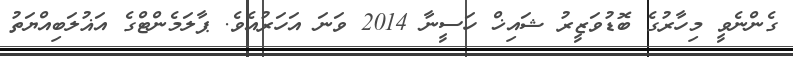
ގެންނެވީ މިހާރުގެ ބޮޑުވަޒީރު ޝައިޚް ހަސީނާ 2014 ވަނަ އަހަރުއެވެ. ޕާލަމެންޓްގެ އަޣުލަބިއްޔަތު